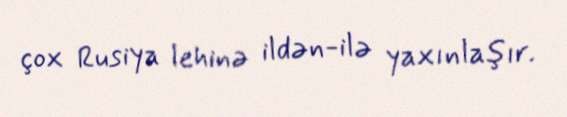
çox Rusiya lehinə ildən-ilə yaxınlaşır.